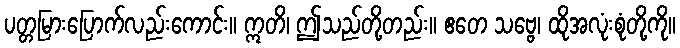
ပတ္တမြားပြောက်လည်းကောင်း။ ဣတိ၊ ဤသည်တို့တည်း။ ဧတေ သဗ္ဗေ၊ ထိုအလုံးစုံတို့ကို။